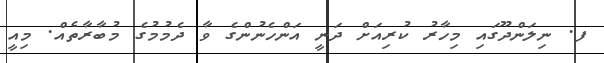
ފ. ނިލަންދޫގައި މިހާރު ކުރިއަށް ދަނީ އަންހެނުންގެ ވާ ދެމުމުގެ މުބާރާތެއް. މިއީ